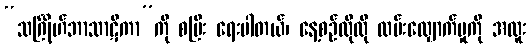
“သင်္ဂြိုဟ်ဘာသာဋီကာ”ကို စပြီး ရေးပါတယ်၊ နေ့စဉ်လိုလို လမ်းလျှောက်မှုကို အထူး